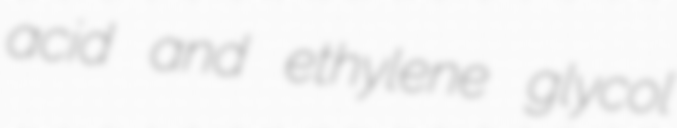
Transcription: acid and ethylene glycol